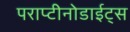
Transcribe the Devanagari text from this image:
पराप्टीनोडाईट्स